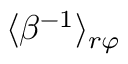
\langle \beta ^ { - 1 } \rangle _ { r \varphi }